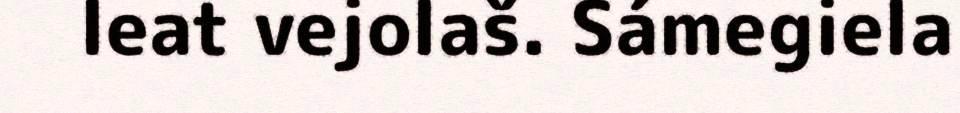
leat vejolaš. Sámegiela